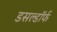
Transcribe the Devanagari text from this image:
डसल्डॉर्फ